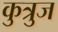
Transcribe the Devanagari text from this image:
कुत्रुज